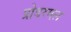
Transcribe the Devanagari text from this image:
प्रोडरमल